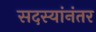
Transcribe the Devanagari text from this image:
सदस्यांनंतर